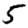
Digit: 5